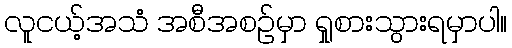
လူငယ့်အသံ အစီအစဉ်မှာ ရှုစားသွားရမှာပါ။